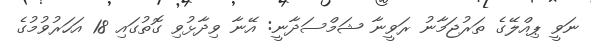
ނަވީ ޕިއްލޭގެ ތަރުޖަމާނު ރަވީނާ ޝަމްސަދާނީ: އޭނާ ވިދާޅުވި ގޮތުގައި 18 އަހަރުވުމުގެ